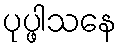
ပုပ္ဖါသနေ